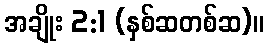
အချိုး 2:1 (နှစ်ဆတစ်ဆ)။